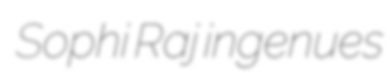
Sophi Raj ingenues